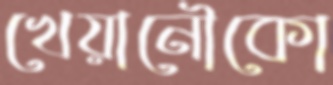
খেয়ানৌকো